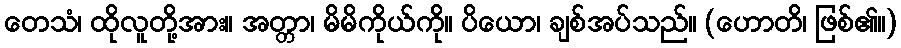
တေသံ၊ ထိုလူတို့အား။ အတ္တာ၊ မိမိကိုယ်ကို။ ပိယော၊ ချစ်အပ်သည်။ (ဟောတိ၊ ဖြစ်၏။)